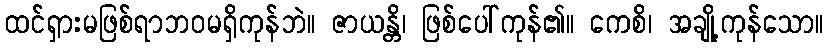
ထင်ရှားမဖြစ်ရာဘဝမရှိကုန်ဘဲ။ ဇာယန္တိ၊ ဖြစ်ပေါ်ကုန်၏။ ကေစိ၊ အချို့ကုန်သော။